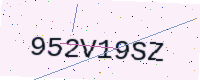
Text: 952V19SZ